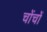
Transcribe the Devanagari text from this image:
चोंचों